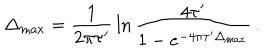
\Delta _ { \max } = { \frac { 1 } { 2 \pi \tau ^ { \prime } } } \ln { \frac { 4 \tau ^ { \prime } } { 1 - e ^ { - 4 \pi \tau ^ { \prime } \Delta _ { \max } } } } \, .